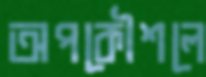
অপকৌশলে